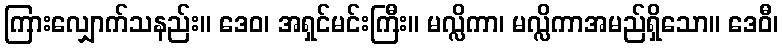
ကြားလျှောက်သနည်း။ ဒေဝ၊ အရှင်မင်းကြီး။ မလ္လိကာ၊ မလ္လိကာအမည်ရှိသော။ ဒေဝီ၊